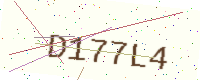
Text: D177L4